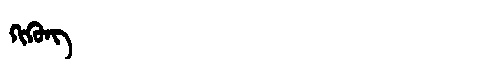
Manchu: ᡴᡳᡴᡠᠩ
Romanization: KIKUNG